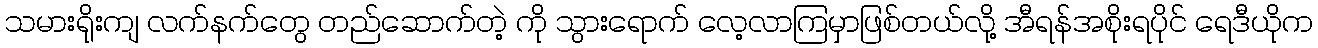
သမားရိုးကျ လက်နက်တွေ တည်ဆောက်တဲ့ ကို သွားရောက် လေ့လာကြမှာဖြစ်တယ်လို့ အီရန်အစိုးရပိုင် ရေဒီယိုက